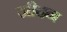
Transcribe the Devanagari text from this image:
जीदन